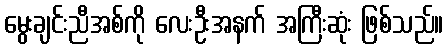
မွေးချင်းညီအစ်ကို လေးဦးအနက် အကြီးဆုံး ဖြစ်သည်။